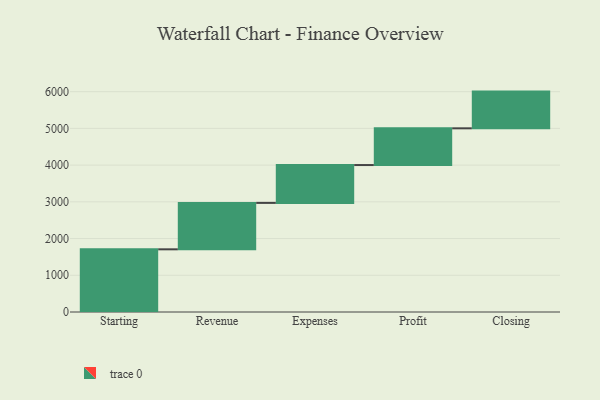
{"axis": {"x": "Step", "y": "Value"}, "legend": [""], "data": [{"x": "Starting", "y": 1707.0, "type": ""}, {"x": "Revenue", "y": 1264.0, "type": ""}, {"x": "Expenses", "y": 1031.0, "type": ""}, {"x": "Profit", "y": 1000, "type": ""}, {"x": "Closing", "y": 1000, "type": ""}]}